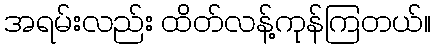
အရမ်းလည်း ထိတ်လန့်ကုန်ကြတယ်။